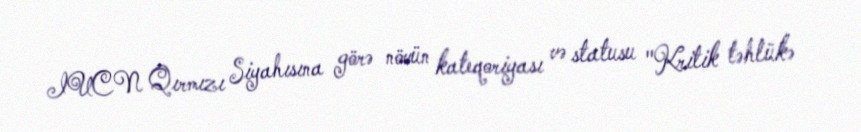
IUCN Qırmızı Siyahısına görə növün kateqoriyası və statusu "Kritik təhlükə